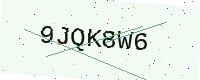
Text: 9JQK8W6